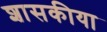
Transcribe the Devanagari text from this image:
शासकीया